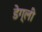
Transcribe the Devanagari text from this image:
डेग्ली